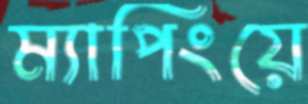
ম্যাপিংয়ে